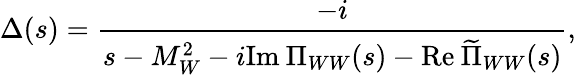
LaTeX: \Delta(s)={\frac{-i}{s-M_{W}^{2}-i\mathrm{Im}\: \Pi_{WW}(s)-\mathrm{Re}\: \widetilde\Pi_{WW}(s)}},